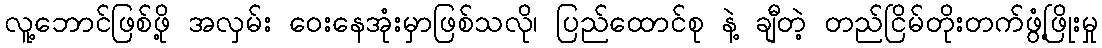
လူ့ဘောင်ဖြစ်ဖို့ အလှမ်း ဝေးနေအုံးမှာဖြစ်သလို၊ ပြည်ထောင်စု နဲ့ ချီတဲ့ တည်ငြိမ်တိုးတက်ဖွံ့ဖြိုးမှု